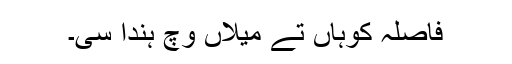
فاصلہ کوہاں تے میلاں وچ ہُندا سی۔